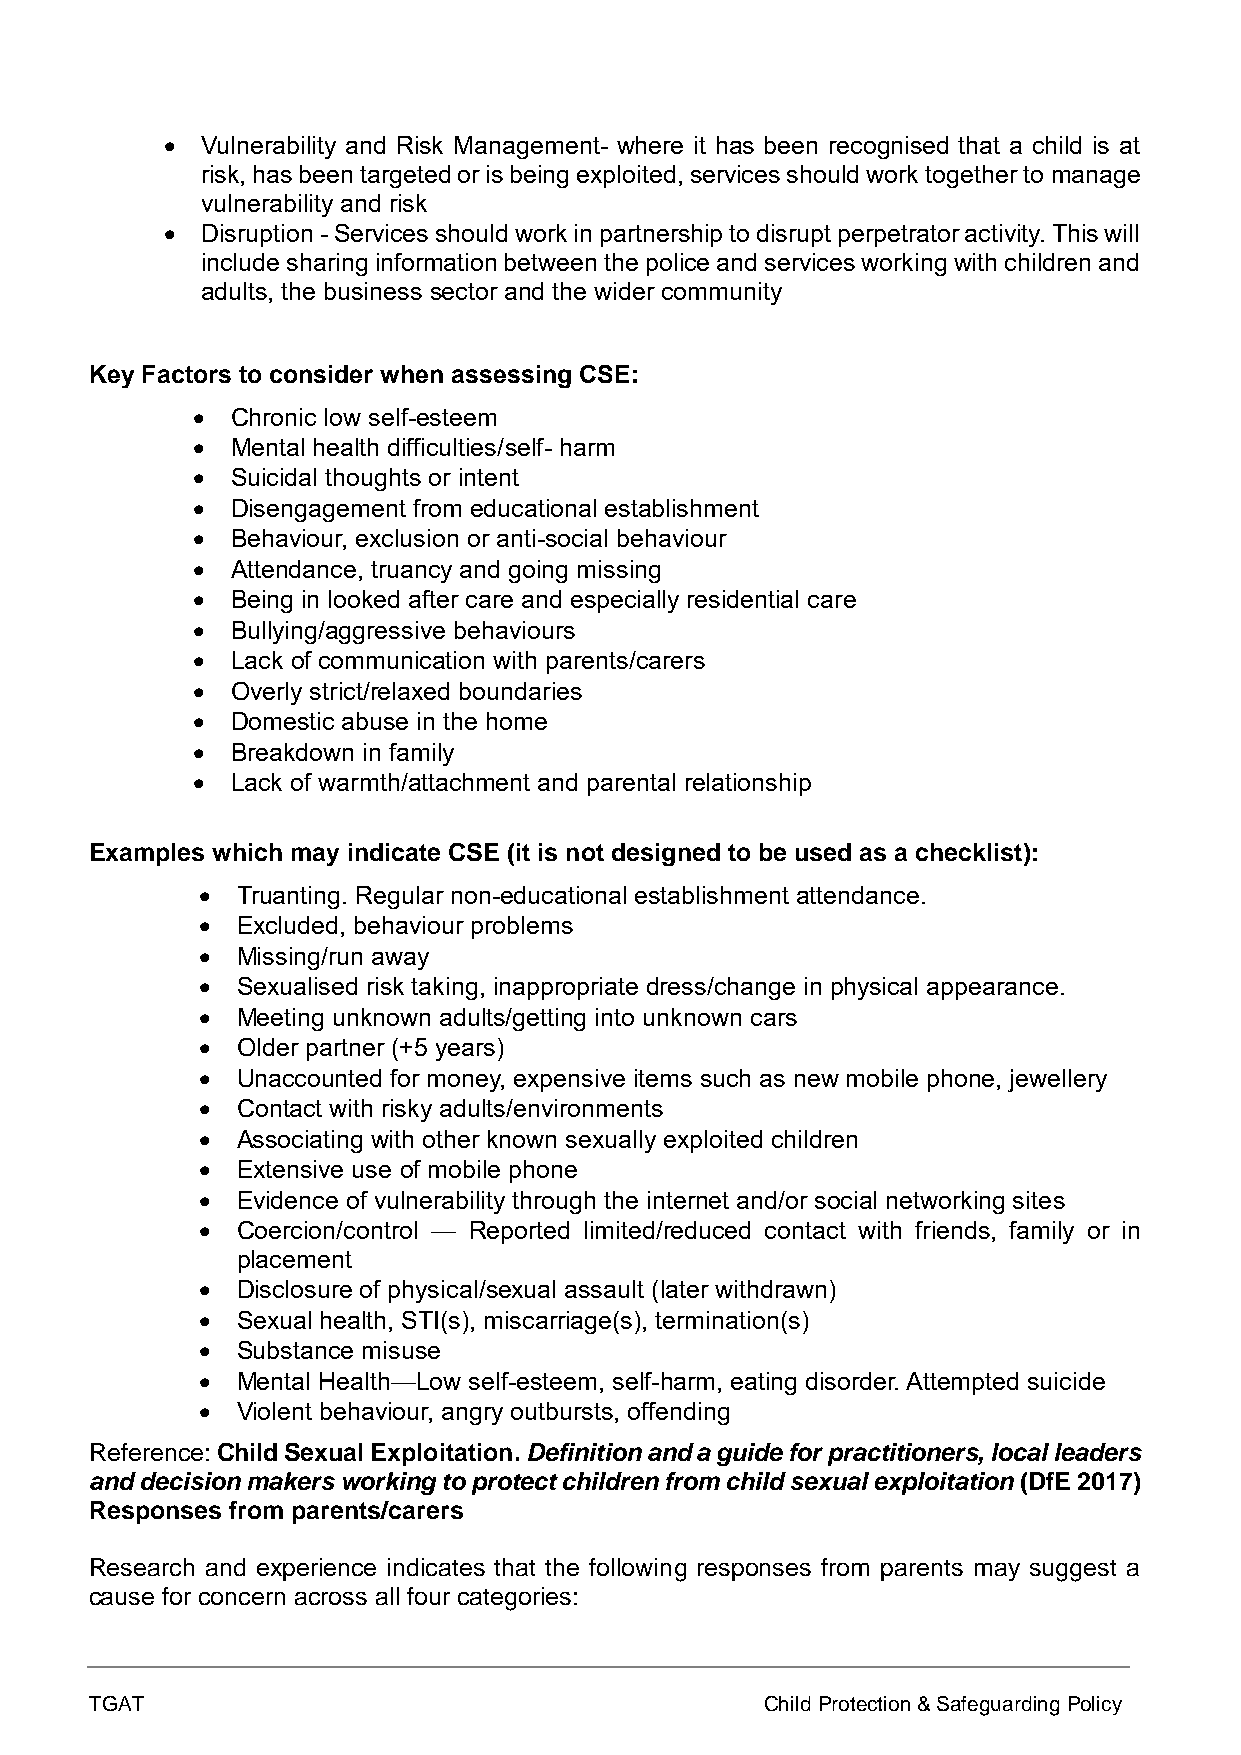
• Vulnerability and Risk Management- where it has been recognised that a child is at
 risk, has been targeted or is being exploited, services should work together to manage
 vulnerability and risk
 • Disruption - Services should work in partnership to disrupt perpetrator activity. This will
 include sharing information between the police and services working with children and
 adults, the business sector and the wider community
 Key Factors to consider when assessing CSE:
 • Chronic low self-esteem
 • Mental health difficulties/self- harm
 • Suicidal thoughts or intent
 • Disengagement from educational establishment
 • Behaviour, exclusion or anti-social behaviour
 • Attendance, truancy and going missing
 • Being in looked after care and especially residential care
 • Bullying/aggressive behaviours
 • Lack of communication with parents/carers
 • Overly strict/relaxed boundaries
 • Domestic abuse in the home
 • Breakdown in family
 • Lack of warmth/attachment and parental relationship
 Examples which may indicate CSE (it is not designed to be used as a checklist):
 •  Truanting. Regular non-educational establishment attendance.
 •  Excluded, behaviour problems
 •  Missing/run away
 •  Sexualised risk taking, inappropriate dress/change in physical appearance.
 •  Meeting unknown adults/getting into unknown cars
 •  Older partner (+5 years)
 •  Unaccounted for money, expensive items such as new mobile phone, jewellery
 •  Contact with risky adults/environments
 •  Associating with other known sexually exploited children
 •  Extensive use of mobile phone
 •  Evidence of vulnerability through the internet and/or social networking sites
 •  Coercion/control — Reported limited/reduced contact with friends, family or in
 placement
 •  Disclosure of physical/sexual assault (later withdrawn)
 •  Sexual health, STI(s), miscarriage(s), termination(s)
 •  Substance misuse
 •  Mental Health—Low self-esteem, self-harm, eating disorder. Attempted suicide
 •  Violent behaviour, angry outbursts, offending
 Reference: Child Sexual Exploitation. Definition and a guide for practitioners, local leaders
 and decision makers working to protect children from child sexual exploitation (DfE 2017)
 Responses from parents/carers
 Research and experience indicates that the following responses from parents may suggest a
 cause for concern across all four categories:
 TGAT                                         Child Protection & Safeguarding Policy